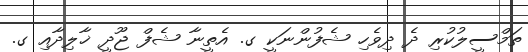
ތަމްސީލުކުރި ދެ ދިވެހި ޝެފުންނަކީ ގ. އެތީނާ ޝެފް ޖޫދީ ޚާލިދާއި ގ.